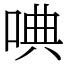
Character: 唺